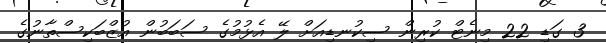
3 ގަޑި 22 މިނެޓް ކުރިން ސިކުނޑިއަށް ލޭ އެޅުމުގެ ސަބަބުން އުޒްބަކިސްތާނުގެ